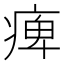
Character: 痺